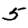
Digit: 5